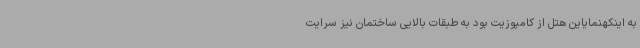
به اینکهنمایاین هتل از کامپوزیت بود به طبقات بالایی ساختمان نیز سرایت